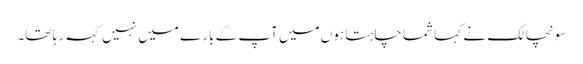
سونچالک نے کہا شما چاہتا ہوں میں آپ کے بارے میں نہیں کہہ رہا تھا۔